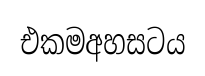
එකමඅහසටය